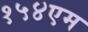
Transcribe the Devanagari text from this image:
१५४एम